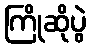
ကြိုဆိုပွဲ